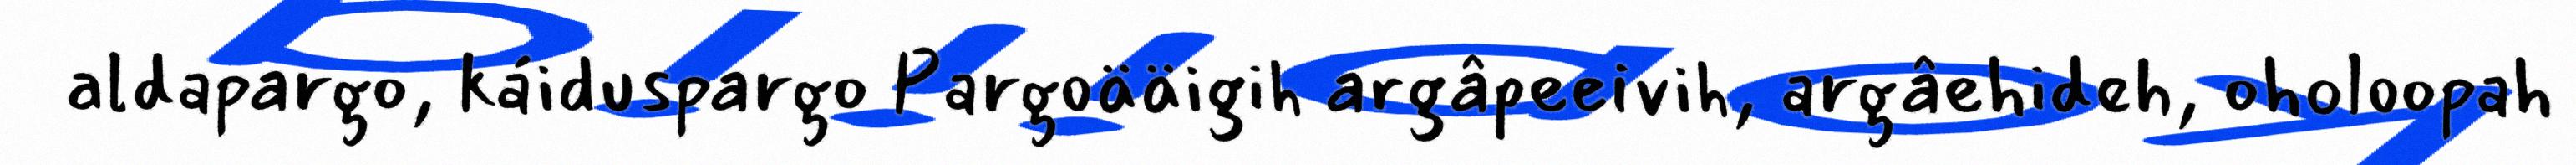
aldapargo, káiduspargo Pargoääigih argâpeeivih, argâehideh, oholoopah